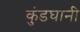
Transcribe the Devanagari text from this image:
कुंडघानी